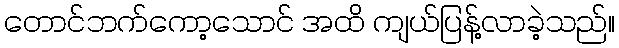
တောင်ဘက်ကော့သောင် အထိ ကျယ်ပြန့်လာခဲ့သည်။